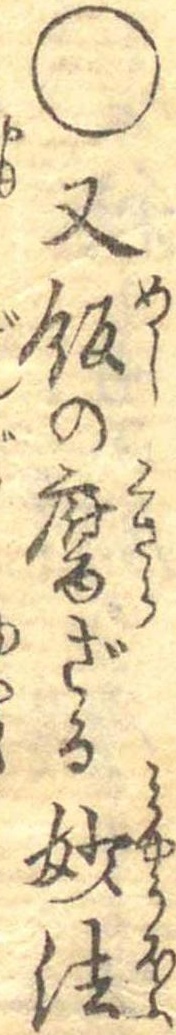
○又飯の腐ざる妙法